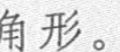
角形。